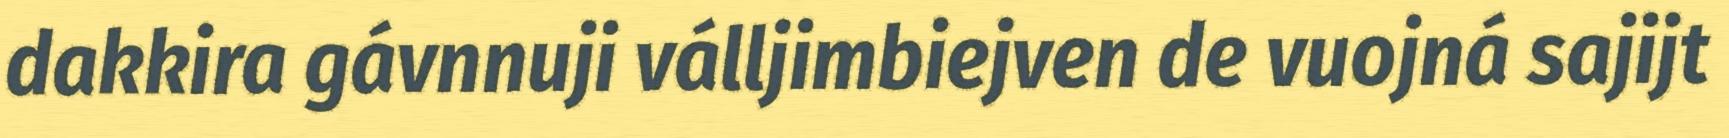
dakkira gávnnuji válljimbiejven de vuojná sajijt